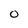
Character: 0